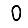
Digit: 0